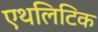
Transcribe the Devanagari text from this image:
एथलिटिक